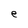
Character: e